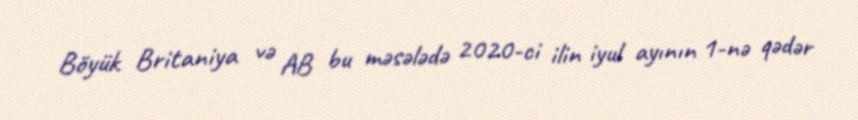
Böyük Britaniya və AB bu məsələdə 2020-ci ilin iyul ayının 1-nə qədər